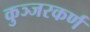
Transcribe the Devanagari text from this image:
कुञ्जरकर्ण